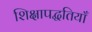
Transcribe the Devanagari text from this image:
शिक्षापद्धतियाँ